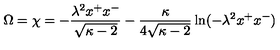
\Omega = \chi = - \frac { \lambda ^ { 2 } x ^ { + } x ^ { - } } { \sqrt { \kappa - 2 } } - \frac { \kappa } { 4 \sqrt { \kappa - 2 } } \ln ( - \lambda ^ { 2 } x ^ { + } x ^ { - } )